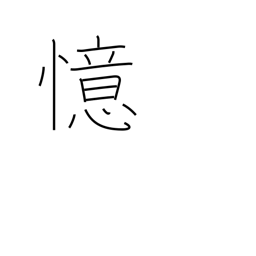
Meaning: think